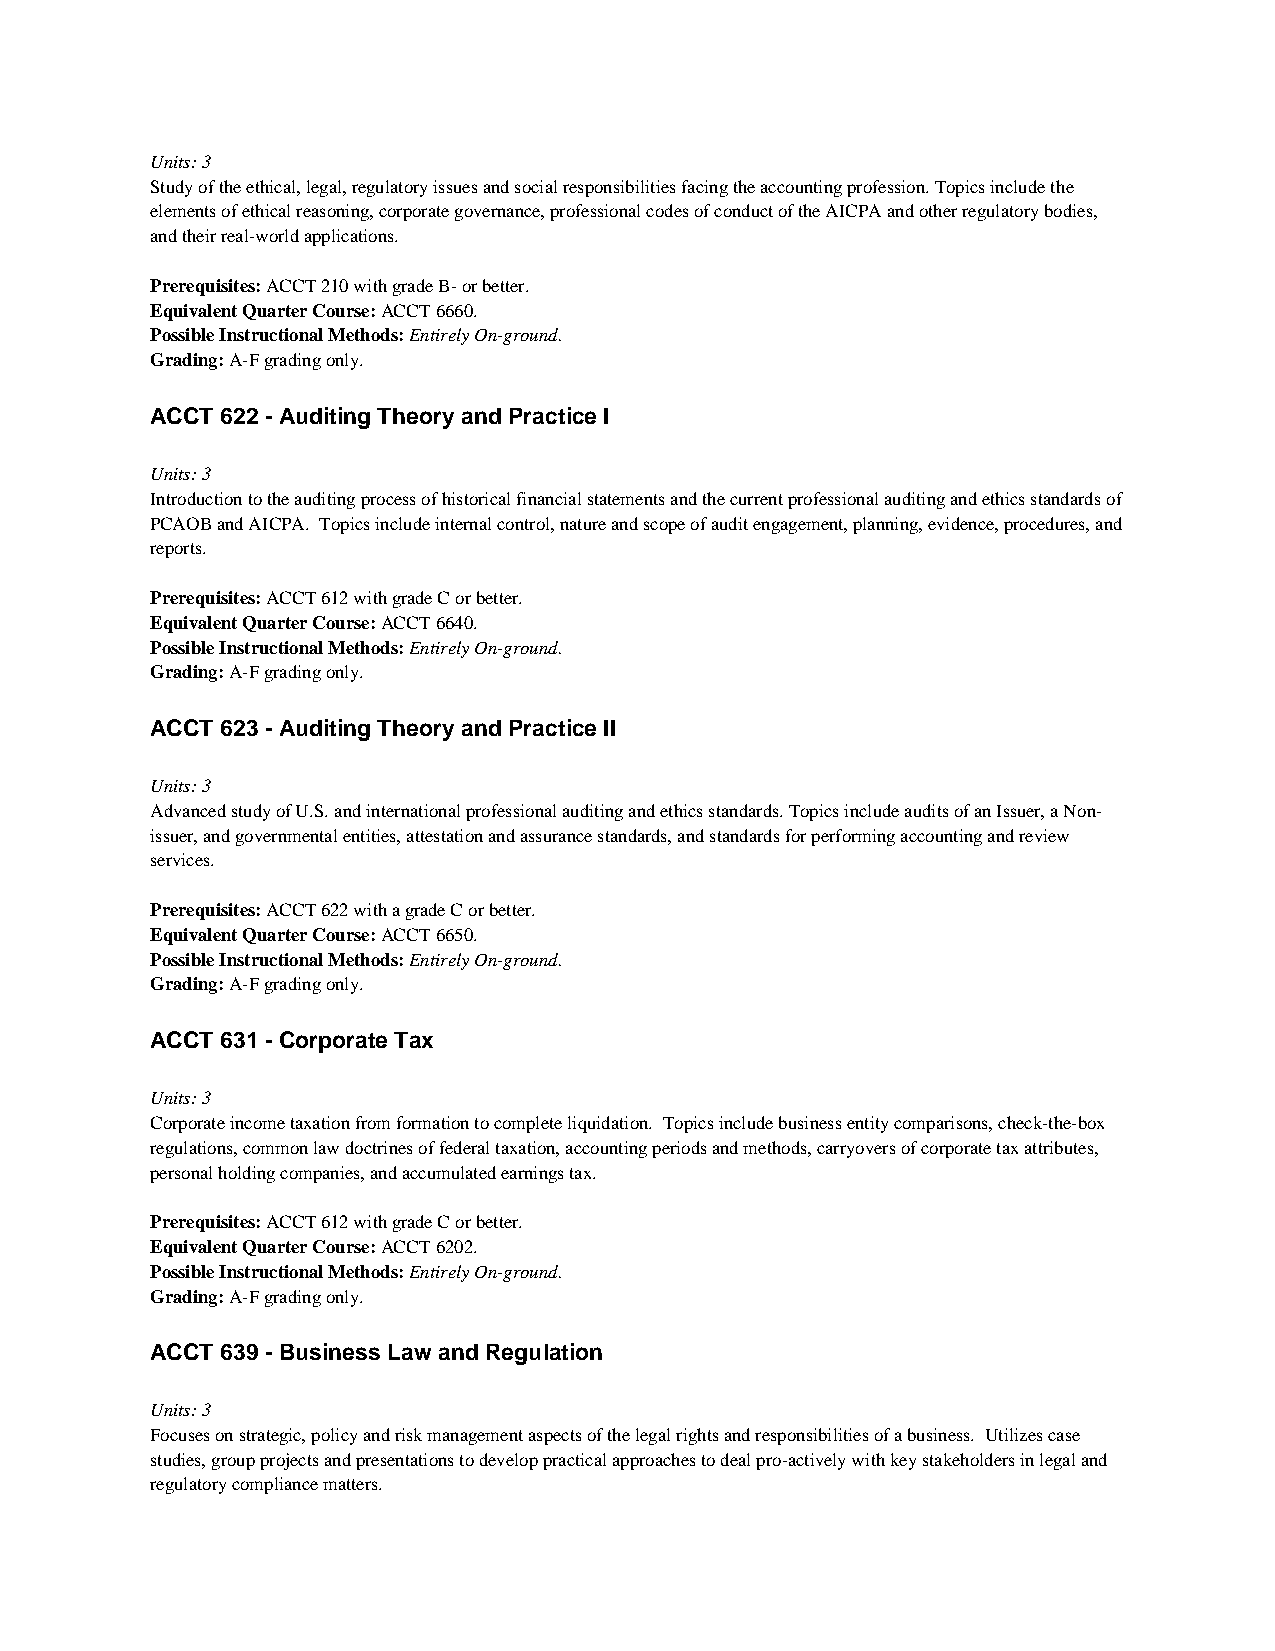
Units: 3
 Study of the ethical, legal, regulatory issues and social responsibilities facing the accounting profession. Topics include the
 elements of ethical reasoning, corporate governance, professional codes of conduct of the AICPA and other regulatory bodies,
 and their real-world applications.
 Prerequisites: ACCT 210 with grade B- or better.
 Equivalent Quarter Course: ACCT 6660.
 Possible Instructional Methods: Entirely On-ground.
 Grading: A-F grading only.
 ACCT 622 - Auditing Theory and Practice I
 Units: 3
 Introduction to the auditing process of historical financial statements and the current professional auditing and ethics standards of
 PCAOB and AICPA. Topics include internal control, nature and scope of audit engagement, planning, evidence, procedures, and
 reports.
 Prerequisites: ACCT 612 with grade C or better.
 Equivalent Quarter Course: ACCT 6640.
 Possible Instructional Methods: Entirely On-ground.
 Grading: A-F grading only.
 ACCT 623 - Auditing Theory and Practice II
 Units: 3
 Advanced study of U.S. and international professional auditing and ethics standards. Topics include audits of an Issuer, a Non-
 issuer, and governmental entities, attestation and assurance standards, and standards for performing accounting and review
 services.
 Prerequisites: ACCT 622 with a grade C or better.
 Equivalent Quarter Course: ACCT 6650.
 Possible Instructional Methods: Entirely On-ground.
 Grading: A-F grading only.
 ACCT 631 - Corporate Tax
 Units: 3
 Corporate income taxation from formation to complete liquidation. Topics include business entity comparisons, check-the-box
 regulations, common law doctrines of federal taxation, accounting periods and methods, carryovers of corporate tax attributes,
 personal holding companies, and accumulated earnings tax.
 Prerequisites: ACCT 612 with grade C or better.
 Equivalent Quarter Course: ACCT 6202.
 Possible Instructional Methods: Entirely On-ground.
 Grading: A-F grading only.
 ACCT 639 - Business Law and Regulation
 Units: 3
 Focuses on strategic, policy and risk management aspects of the legal rights and responsibilities of a business. Utilizes case
 studies, group projects and presentations to develop practical approaches to deal pro-actively with key stakeholders in legal and
 regulatory compliance matters.